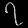
Digit: ၇